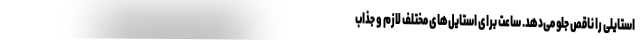
استایلی را ناقص جلو می‌دهد. ساعت برای استایل‌های مختلف لازم و جذاب